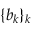
\{ b _ { k } \} _ { k }